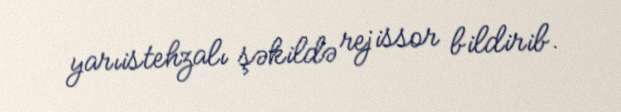
yarıistehzalı şəkildə rejissor bildirib.